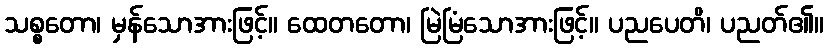
သစ္စတော၊ မှန်သောအားဖြင့်။ ထေတတော၊ မြဲမြံသောအားဖြင့်။ ပညပေတိ၊ ပညတ်၏။